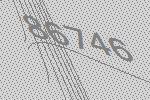
86746